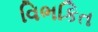
વિભકિત